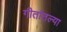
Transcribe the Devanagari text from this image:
गीतांतल्या